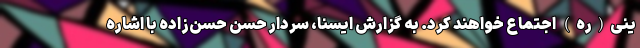
ینی(ره) اجتماع خواهند کرد. به گزارش ایسنا، سردار حسن حسن‌زاده با اشاره